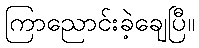
ကြာညောင်းခဲ့ချေပြီ။